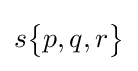
s{\begin{Bmatrix}p,q,r\end{Bmatrix}}